Annual report of the Punjab Veterinary College and of the Civil Veterinary Department, Punjab - 1909-1919
Year: 1909
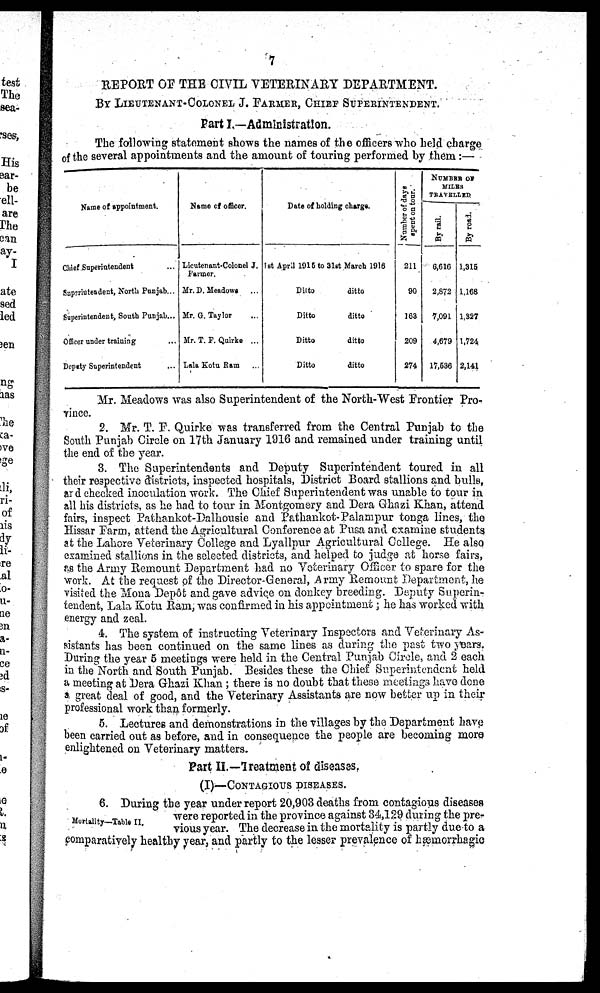
1
REPORT OF THE CIVIL VETERINARY DEPARTMENT.
BY LIEUTENANT-COLONEL J. FARMER, CHIEF SUPERINTENDENT.
Part I.—Administration.
The following statement shows the names of the officers who held charge
of the several appointments and the amount of touring performed by them:—
Name of appointment.
Chief Superintendent ...
Superintendent, North Punjab...
Superintendent, South Punjab...
Officer under training ...
Deputy Superintendent ..
Name of officer.
Lieutenant-Colonel J.
Farmer.
Mr. D. Meadowe
...
Mr. G. Taylor ...
Mr. T. F. Quirke ...
Lala Kotu Bam ...
Date of holding charge.
1st April 1915 to 31st March 1916
Ditto
Ditto
Ditto
Ditto
ditto
ditto
ditto
ditto
Nu mb e r of days
spent on t our.
211
90
168
209
274
NUMBER OF
MILES
TRAVELLED
By rail.
6,616
2,872
7,091
4,679
17,586
By road.
1,315
1,168
1,327
1,724
2,141
Mr. Meadows was also Superintendent of the North-West Frontier Pro-
vince.
2. Mr. T. F. Quirke was transferred from the Central Punjab to the
South Punjab Circle on 17th January 1916 and remained under training until
the end of the year.
3. The Superintendents and Deputy Superintendent toured in all
their respective districts, inspected hospitals, District Board stallions and bulls,
and checked inoculation work. The Chief Superintendent was unable to tour in
all his districts, as he had to tour in Montgomery and Dera Ghazi Khan, attend
fairs, inspect Pathankot-Dalhousie and Pathankot-Palampur tonga lines, the
Hissar Farm, attend the Agricultural Conference at Pusa and examine students
at the Lahore Veterinary College and Lyallpur Agricultural College. He also
examined stallions in the selected districts, and helped to judge at horse fairs,
as the Army Remount Department had no Veterinary Officer to spare for the
work. At the request of the Director General, Army Remount Department, he
visited the Mona Depôt and gave advice on donkey breeding. Deputy Superin-
tendent, Lala Kotu Ram, was confirmed in his appointment; he has worked with
energy and zeal.
4. The system of instructing Veterinary Inspectors and Veterinary As-
sistants has been continued on the same lines as during the past two years.
During the year 5 meetings were held in the Central Punjab Circle, and 2 each
in the North and South Punjab. Besides these the Chief Superintendent held
a meeting at Dera Ghazi Khan; there is no doubt that these meetings have done
a great deal of good, and the Veterinary Assistants are now better up in their
professional work than formerly.
5. Lectures and demonstrations in the villages by the Department have
been carried out as before, and in consequence the people are becoming more
enlightened on Veterinary matters.
Part II.—Treatment of diseases.
(I)—CONTAGIOUS DISEASES.
Mortality—Table II.
6. During the year under report 20,903 deaths from contagious diseases
were reported in the province against 34,129 during the pre-
vious year. The decrease in the mortality is partly due to a
comparatively healthy year, and partly to the lesser prevalence of hæmorrhagic